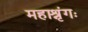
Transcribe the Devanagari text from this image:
महाश्रृंगः